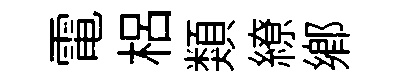
電梠類繚郷